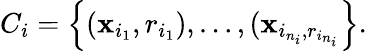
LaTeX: C_{i}=\left\{ (\mathbf{x}_{i_{1}},r_{i_{1}}),\dots,(\mathbf{x}_{i_{n_{i}},r_{i_{n_{i}}}}\right\} .